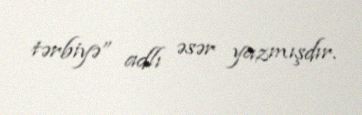
tərbiyə” adlı əsər yazmışdır.